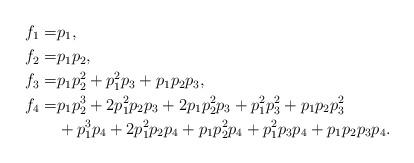
LaTeX: \begin{align*}f_1 =& p_1, \\f_2 =& p_1 p_2 ,\\f_3 =& p_1 p_2 ^2 + p_1^2 p_3 + p_1 p_2 p_3 , \\f_4 =&p_1 p_2^3 + 2 p_1^2 p_2 p_3 + 2 p_1 p_2^2 p_3 + p_1^2 p_3^2 + p_1 p_2 p_3^2 \\ & + p_1^3 p_4 + 2p_1^2 p_2p_4 + p_1 p_2^2 p_4 + p_1^2 p_3 p_4 + p_1 p_2 p_3 p_4.\end{align*}